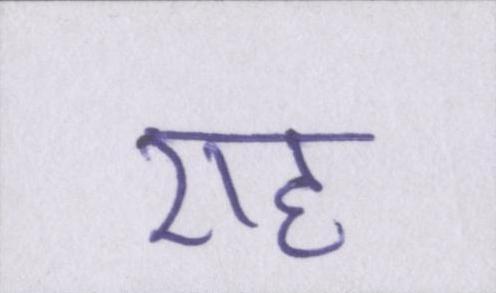
राह